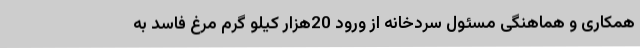
همکاری و هماهنگی مسئول سردخانه از ورود 20هزار کیلو گرم مرغ فاسد به